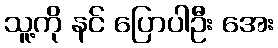
သူ့ကို နင် ပြောပါဦး အေး